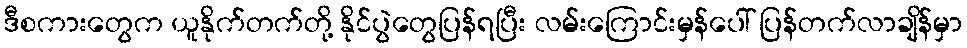
ဒီစကားတွေက ယူနိုက်တက်တို့ နိုင်ပွဲတွေပြန်ရပြီး လမ်းကြောင်းမှန်ပေါ် ပြန်တက်လာချိန်မှာ